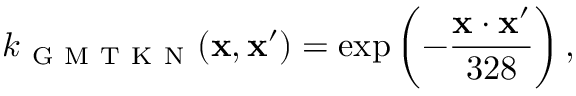
k _ { \mathrm { ~ G ~ M ~ T ~ K ~ N ~ } } ( \mathbf { x } , \mathbf { x } ^ { \prime } ) = \exp \left( - \frac { \mathbf { x } \cdot \mathbf { x } ^ { \prime } } { 3 2 8 } \right) ,